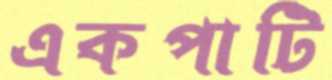
একপাটি